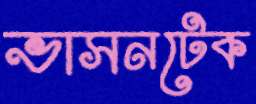
ভাসনটেক